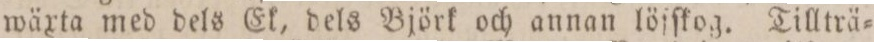
wäxta med dels Ek, dels Björk och annan löſſkog. Tillträ=